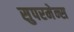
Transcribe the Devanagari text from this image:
सुपरमेन्स